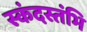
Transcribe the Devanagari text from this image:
स्कंदस्तंभि